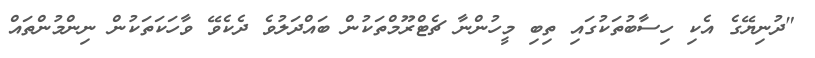
"ދުނިޔޭގެ އެކި ހިސާބުތަކުގައި ތިބި މީހުންނާ ޗެޓްރޫމްތަކުން ބައްދަލުވެ ދެކެވޭ ވާހަކަތަކުން ނިންމުންތައް